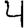
Digit: 4